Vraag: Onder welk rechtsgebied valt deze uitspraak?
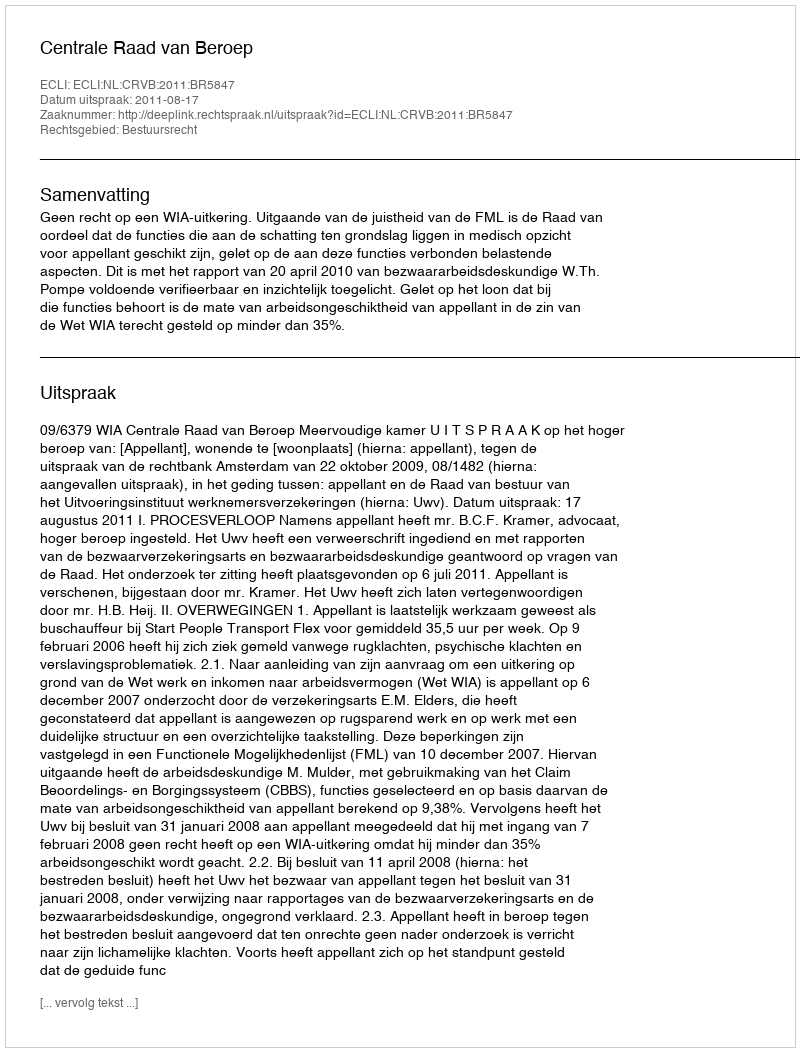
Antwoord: Bestuursrecht